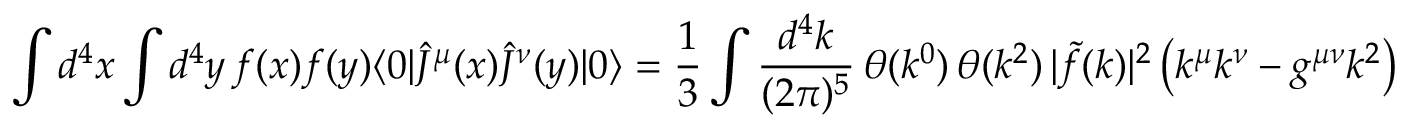
\int d ^ { 4 } x \int d ^ { 4 } y \, f ( x ) f ( y ) \langle 0 | \hat { J } ^ { \mu } ( x ) \hat { J } ^ { \nu } ( y ) | 0 \rangle = \frac { 1 } { 3 } \int \frac { d ^ { 4 } k } { ( 2 \pi ) ^ { 5 } } \, \theta ( k ^ { 0 } ) \, \theta ( k ^ { 2 } ) \, | \tilde { f } ( k ) | ^ { 2 } \left( k ^ { \mu } k ^ { \nu } - g ^ { \mu \nu } k ^ { 2 } \right) \ ,